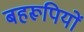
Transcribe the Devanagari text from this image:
बहरूपियों